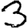
Digit: 3